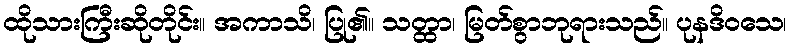
ထိုသားကြီးဆိုတိုင်း။ အကာသိ၊ ပြု၏။ သတ္ထာ၊ မြတ်စွာဘုရားသည်။ ပုနဒိဝသေ၊